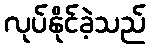
လုပ်နိုင်ခဲ့သည်